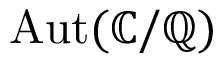
\operatorname { A u t } ( \mathbb { C } / \mathbb { Q } )